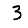
Digit: 3